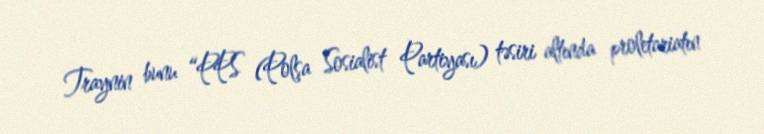
Traynin bunu “PPS (Polşa Sosialist Partiyası) təsiri altında proletariatın